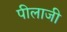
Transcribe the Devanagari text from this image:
पीलाजी